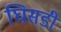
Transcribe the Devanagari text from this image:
घिसडी